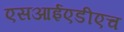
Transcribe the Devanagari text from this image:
एसआईएडीएच